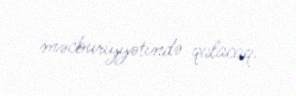
məcburiyyətində qalacaq.